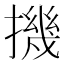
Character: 𢴰